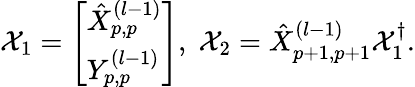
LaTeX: \begin{array}{r}{\mathcal{X}_{1}=\left[\begin{array}{l}{\hat{X}_{p,p}^{(l-1)}}\\ {Y_{p,p}^{(l-1)}}\end{array}\right],\; \mathcal{X}_{2}=\hat{X}_{p+1,p+1}^{(l-1)}\mathcal{X}_{1}^{\dagger}.}\end{array}